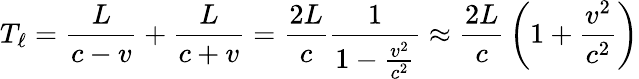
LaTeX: T_{\ell}={\frac{L}{c-v}}+{\frac{L}{c+v}}={\frac{2L}{c}}{\frac{1}{1-{\frac{v^{2}}{c^{2}}}}}\approx{\frac{2L}{c}}\left(1+{\frac{v^{2}}{c^{2}}}\right)